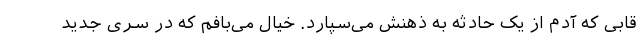
قابی که آدم از یک حادثه به ذهنش می‌سپارد. خیال می‌بافم که در سری جدید